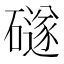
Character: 礈